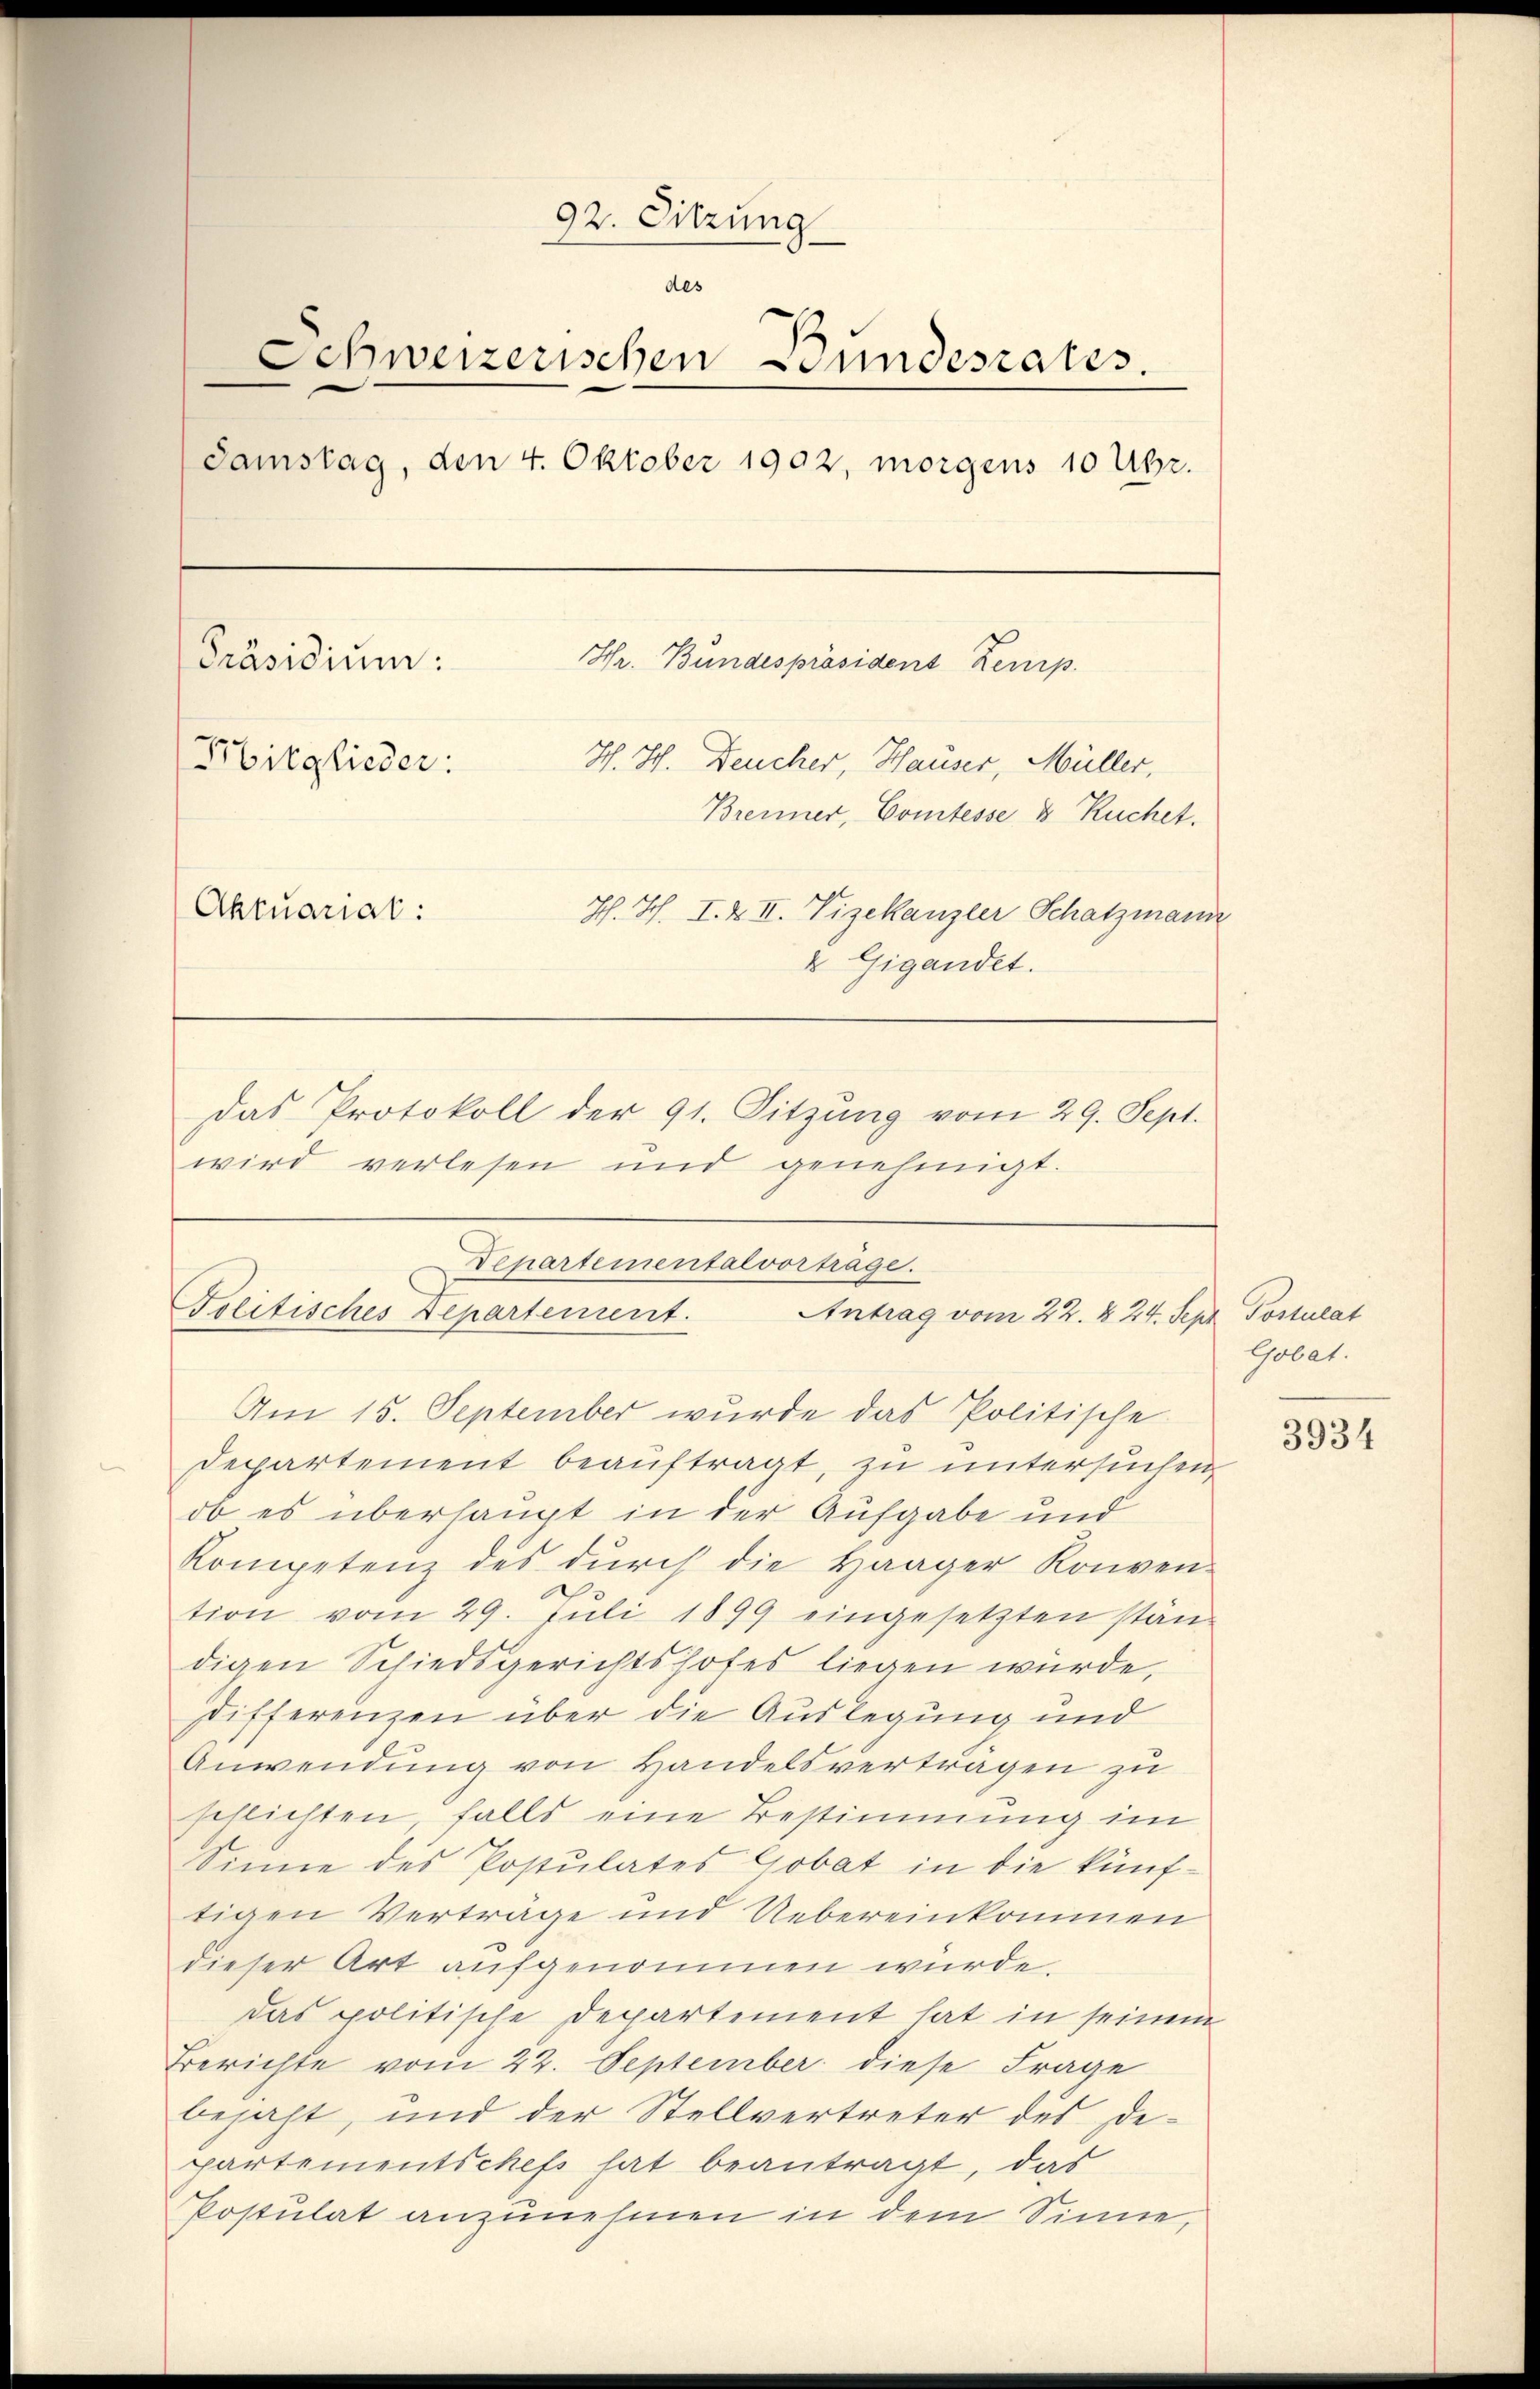
92. Sitzung
des
Schweizerischen Bundesrates.
Samstag, den 4. Oktober 1902, morgens 10 Uhr.
Hr. Bundespräsident Zeurp.
Präsidium:
Mitglieder:
H. H. Deucher, Hauser, Müller,
Brenner, Comtesse & Ruchet.
Aktuariat:
Hch. Hch. I. & II. Vizekanzler Schatzmann
& Gigandet.
Das Protokoll der 91. Sitzŭng vom 29. Sept.
wird verlesen und genehmigt.

Departementalvorträge.
Folitisches Departement.
Antrag vom 22. § 24. Sept. Postulat

Am 15. September wurde das Politische
Departement beauftragt, zu untersuchen,
ob es überhaupt in der Aufgabe und
Kompetenz des dŭrch die Haager Konven-
tion vom 29. Juli 1899 eingesetzten stän-
digen Schiedsgerichtshofes liegen würde,
differenzen über die Auslegung und
Anwendung von Handelsvertragen zu
schlichten falls eine Bestimmung im
Sinne des Postulates Gobat in die künftigen Vertrage und Uebereinkommen
dieser Art aufgenommen wurde.
das politische Departement hat in seinem
Berichte vom 22. September diese Frage
bejaht, und der Stellvertreter des Departementschefs hat beantragt, das
Postulat anzunehmen in dem Sinne,

Gobet.

3934